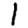
Digit: 1